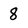
Character: 8